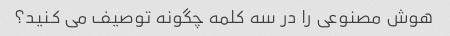
هوش مصنوعی را در سه کلمه چگونه توصیف می کنید؟